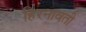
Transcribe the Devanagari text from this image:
हिरनावती